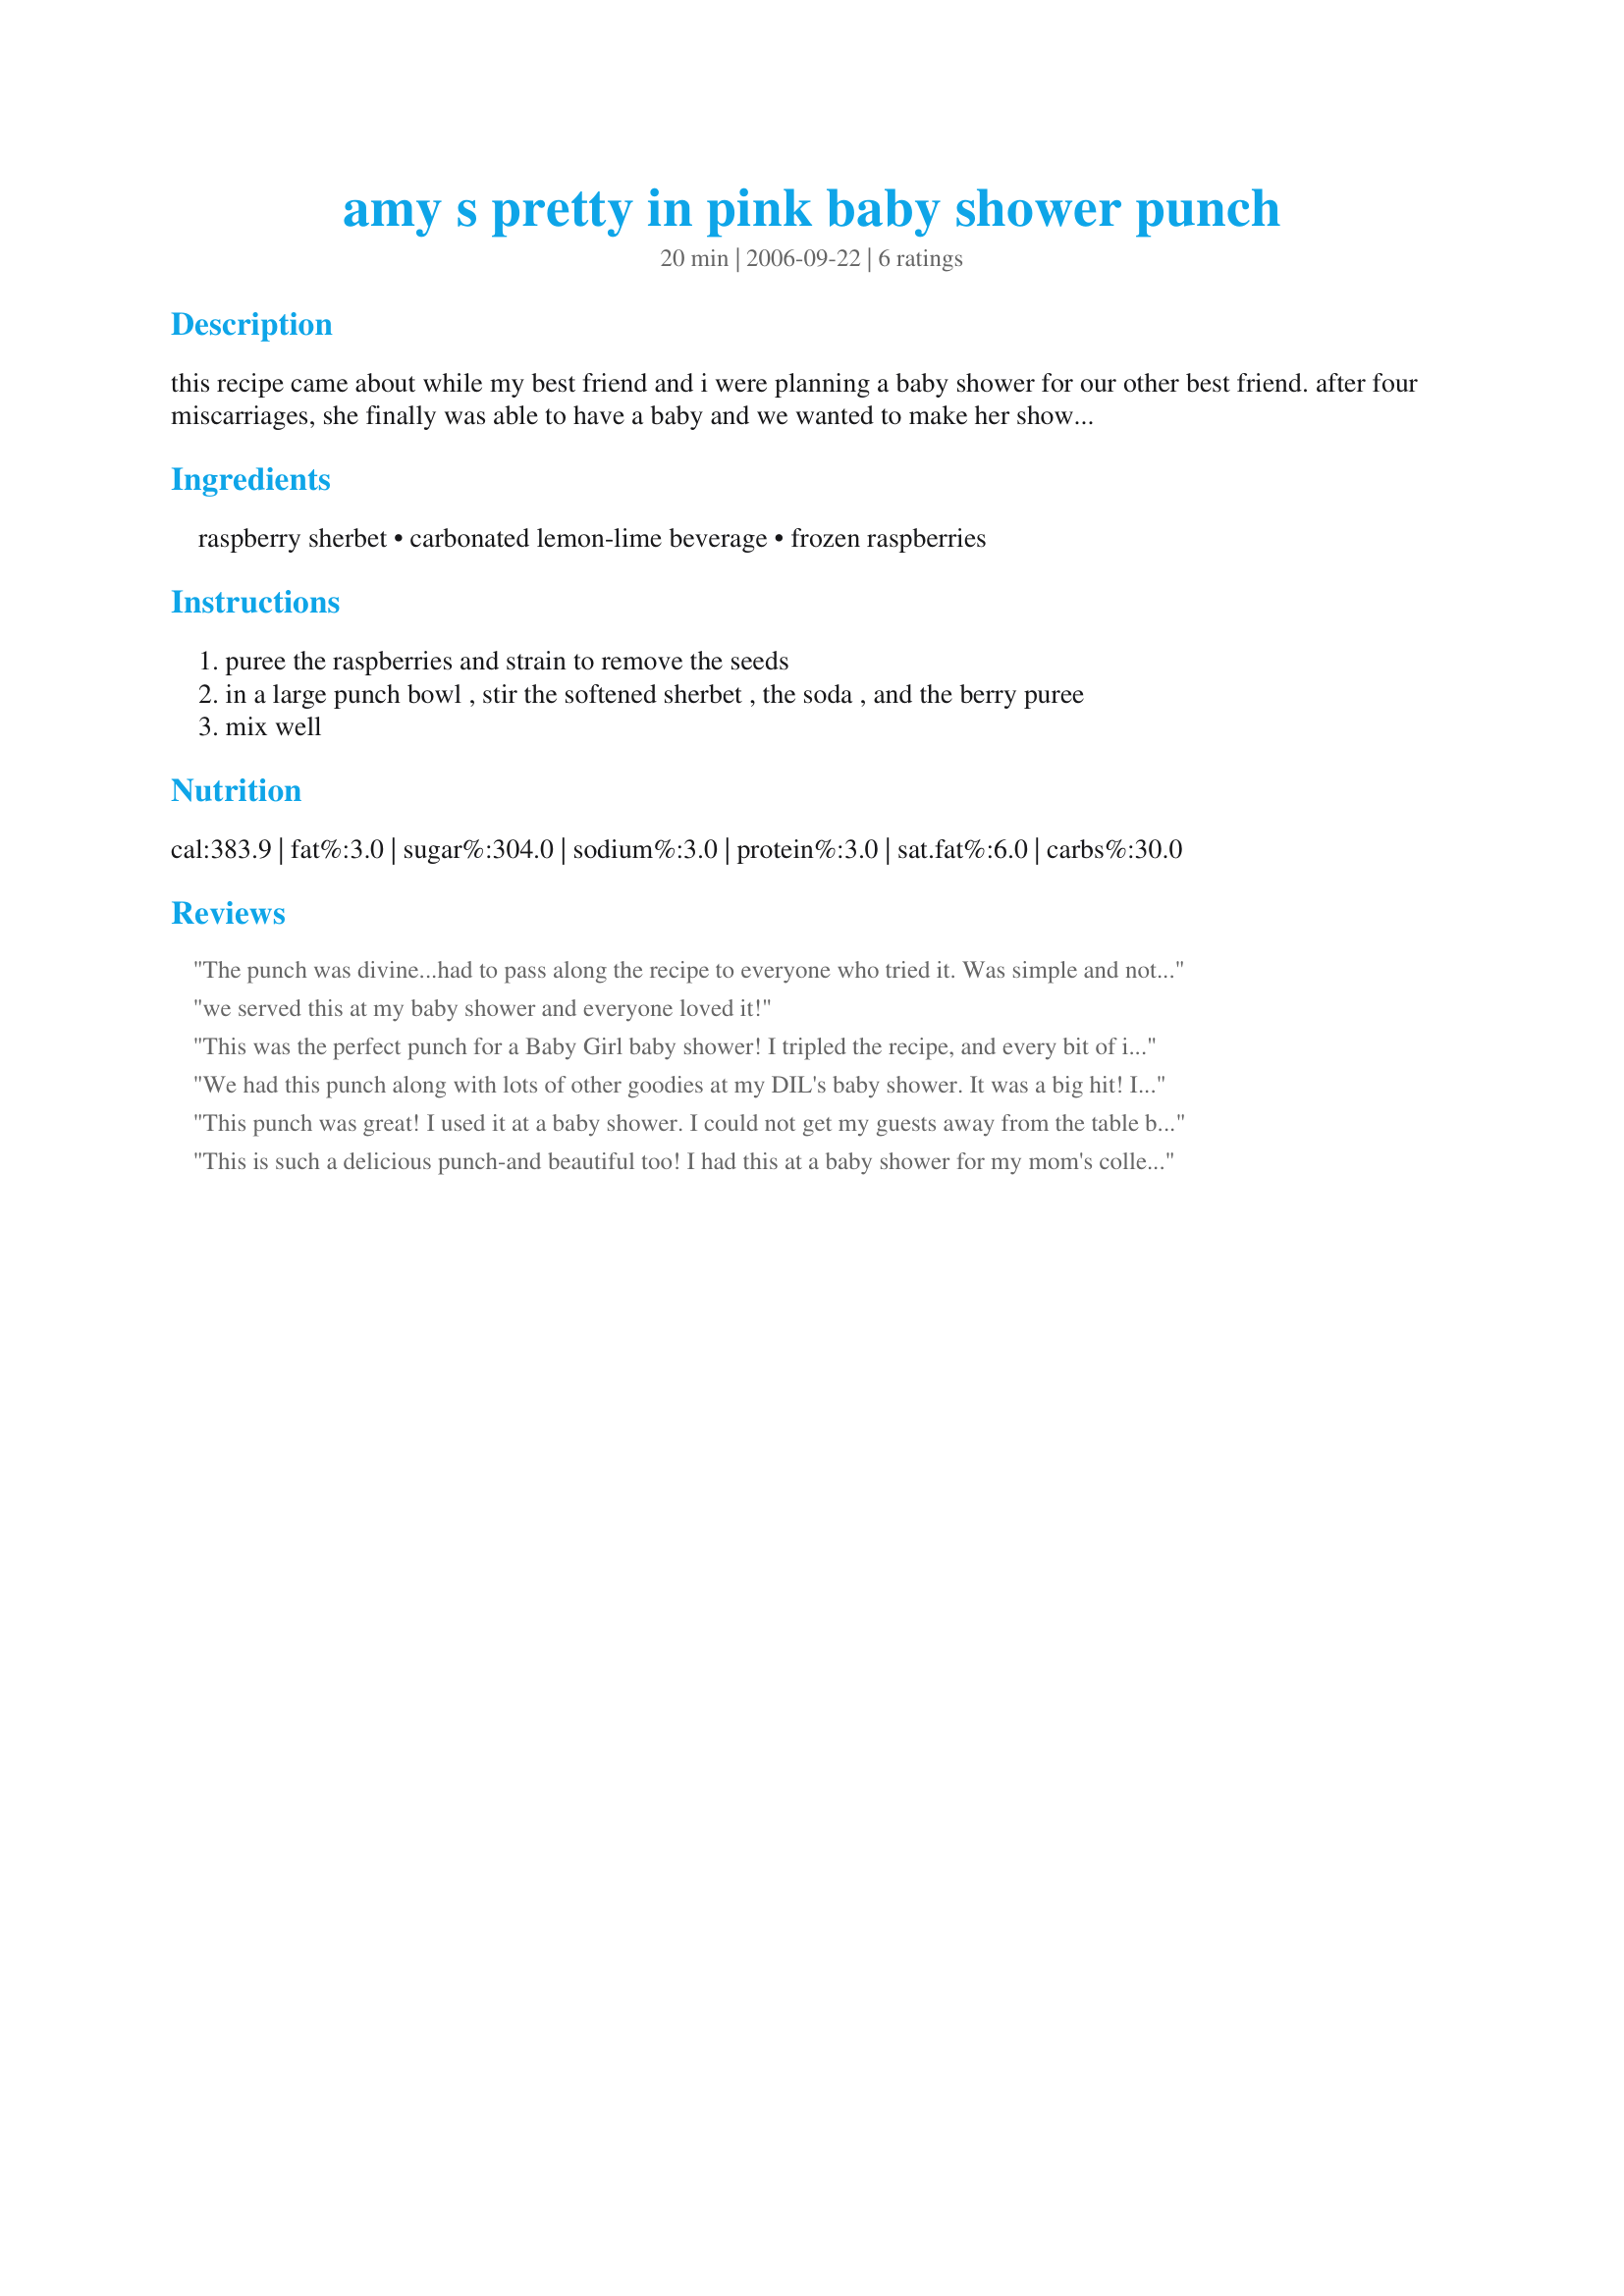
amy s pretty in pink baby shower punch
Preparation time: 20 minutes

this recipe came about while my best friend and i were planning a baby shower for our other best friend. after four miscarriages, she finally was able to have a baby and we wanted to make her shower as special as possible. i knew she loved raspberries as much as i do, so we did some experimentation and came up with this. the passive time not reflected because everything can be chilled for hours or days in advance.

Ingredients:
raspberry sherbet, carbonated lemon-lime beverage, frozen raspberries

Steps:
puree the raspberries and strain to remove the seeds
in a large punch bowl , stir the softened sherbet , the soda , and the berry puree
mix well

Reviews:
The punch was divine...had to pass along the recipe to everyone who tried it. Was simple and not TOO sweet!!! Thanks, Redneck, for posting. Definately a keeper!!
we served this at my baby shower and everyone loved it!
This was the perfect punch for a Baby Girl baby shower! I tripled the recipe, and every bit of it disappeared with about 25-30 guests! I did not strain the seeds out, and several people commented on how they liked the seeds in the punch! LOL I will definitely use this recipe again, possibly with different fruit variations.
We had this punch along with lots of other goodies at my DIL's baby shower. It was a big hit! I floated scoops of sherbet and vanilla ice cream so everyone got a scoop as they dipped for their drink. Excellent!
This punch was great! I used it at a baby shower. I could not get my guests away from the table because of the punch! I doubled the recipe and both dissappeared quick. Thanks for the great recipe!
This is such a delicious punch-and beautiful too! I had this at a baby shower for my mom's colleague, and I really didn't need the finger food, but only the punch! I have shared it with my cousin for her daughter's birthday party. Thank you Amy for all of the wonderful recipes that keep on giving.
